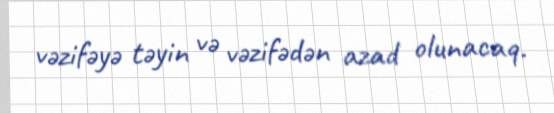
vəzifəyə təyin və vəzifədən azad olunacaq.